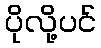
ပိုလို့ပင်